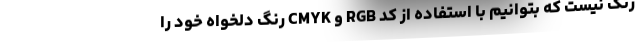
رنگ نیست که بتوانیم با استفاده از کد RGB و CMYK رنگ دلخواه خود را